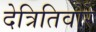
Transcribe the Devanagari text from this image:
देत्रितिवोरे